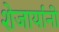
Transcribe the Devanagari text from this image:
शेजार्यांनी